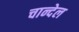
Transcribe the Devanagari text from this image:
चान्देल